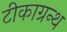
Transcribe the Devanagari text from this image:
टीकाग्रन्थ